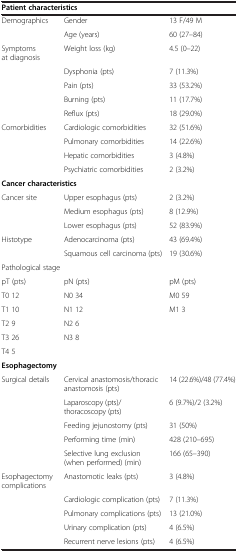
<table><thead><tr><td colspan="3"><b>Patient characteristics</b></td></tr></thead><tbody><tr><td>Demographics</td><td>Gender</td><td>13 F/49 M</td></tr><tr><td> </td><td>Age (years)</td><td>60 (27–84)</td></tr><tr><td>Symptoms at diagnosis</td><td>Weight loss (kg)</td><td>4.5 (0–22)</td></tr><tr><td> </td><td>Dysphonia (pts)</td><td>7 (11.3%)</td></tr><tr><td> </td><td>Pain (pts)</td><td>33 (53.2%)</td></tr><tr><td> </td><td>Burning (pts)</td><td>11 (17.7%)</td></tr><tr><td> </td><td>Reflux (pts)</td><td>18 (29.0%)</td></tr><tr><td>Comorbidities</td><td>Cardiologic comorbidities</td><td>32 (51.6%)</td></tr><tr><td> </td><td>Pulmonary comorbidities</td><td>14 (22.6%)</td></tr><tr><td> </td><td>Hepatic comorbidities</td><td>3 (4.8%)</td></tr><tr><td> </td><td>Psychiatric comorbidities</td><td>2 (3.2%)</td></tr><tr><td colspan="3"><b>Cancer characteristics</b></td></tr><tr><td>Cancer site</td><td>Upper esophagus (pts)</td><td>2 (3.2%)</td></tr><tr><td> </td><td>Medium esophagus (pts)</td><td>8 (12.9%)</td></tr><tr><td> </td><td>Lower esophagus (pts)</td><td>52 (83.9%)</td></tr><tr><td>Histotype</td><td>Adenocarcinoma (pts)</td><td>43 (69.4%)</td></tr><tr><td> </td><td>Squamous cell carcinoma (pts)</td><td>19 (30.6%)</td></tr><tr><td colspan="3">Pathological stage</td></tr><tr><td>pT (pts)</td><td>pN (pts)</td><td>pM (pts)</td></tr><tr><td>T0 12</td><td>N0 34</td><td>M0 59</td></tr><tr><td>T1 10</td><td>N1 12</td><td>M1 3</td></tr><tr><td>T2 9</td><td>N2 6</td><td> </td></tr><tr><td>T3 26</td><td>N3 8</td><td> </td></tr><tr><td>T4 5</td><td> </td><td> </td></tr><tr><td><b>Esophagectomy</b></td><td> </td><td> </td></tr><tr><td>Surgical details</td><td>Cervical anastomosis/thoracic anastomosis (pts)</td><td>14 (22.6%)/48 (77.4%)</td></tr><tr><td> </td><td>Laparoscopy (pts)/thoracoscopy (pts)</td><td>6 (9.7%)/2 (3.2%)</td></tr><tr><td> </td><td>Feeding jejunostomy (pts)</td><td>31 (50%)</td></tr><tr><td> </td><td>Performing time (min)</td><td>428 (210–695)</td></tr><tr><td> </td><td>Selective lung exclusion (when performed) (min)</td><td>166 (65–390)</td></tr><tr><td>Esophagectomy complications</td><td>Anastomotic leaks (pts)</td><td>3 (4.8%)</td></tr><tr><td> </td><td>Cardiologic complication (pts)</td><td>7 (11.3%)</td></tr><tr><td> </td><td>Pulmonary complications (pts)</td><td>13 (21.0%)</td></tr><tr><td> </td><td>Urinary complication (pts)</td><td>4 (6.5%)</td></tr><tr><td> </td><td>Recurrent nerve lesions (pts)</td><td>4 (6.5%)</td></tr></tbody></table>